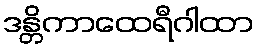
ဒန္တိကာထေရီဂါထာ